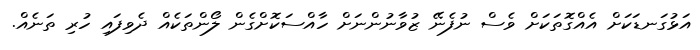
އަޅުގަނޑަކަށް އެއްގޮތަކަށް ވެސް ނުފެނޭ ޒުވާނުންނަށް ހާއްސަކޮށްގެން ލޯންތަކެއް ދެވިފައި ހުރި ތަނެއް.